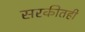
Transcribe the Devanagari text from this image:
सरकीतही